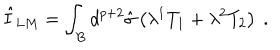
LaTeX: \hat { I } _ { L M } = \int _ { B } d ^ { p + 2 } \hat { \sigma } \left( \lambda ^ { 1 } T _ { 1 } + \lambda ^ { 2 } T _ { 2 } \right) \ .